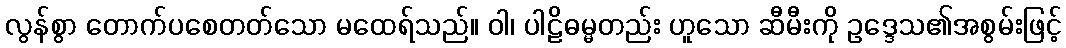
လွန်စွာ တောက်ပစေတတ်သော မထေရ်သည်။ ဝါ၊ ပါဠိဓမ္မတည်း ဟူသော ဆီမီးကို ဥဒ္ဒေသ၏အစွမ်းဖြင့်